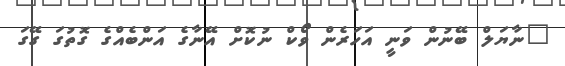
"ނާޔަލް ބޭނުން ވަނީ އަހަރެން ވޯކް ނުކޮށް އޭނާގެ އަންބެއްގެ ގޮތުގަ ގޭގަ